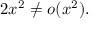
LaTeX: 2 x ^ { 2 } \neq o ( x ^ { 2 } ) .